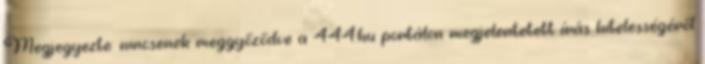
Megjegyezte: nincsenek meggyőződve a 444.hu portálon megjelentetett írás hitelességéről